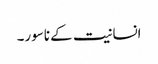
انسانیت کے ناسور۔